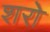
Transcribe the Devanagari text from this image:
शरो